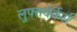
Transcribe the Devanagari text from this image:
लुफ्तवेर्केर्स